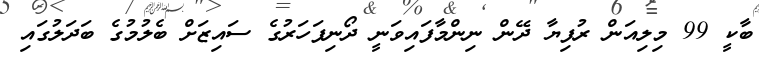
ބާކީ 99 މިލިއަން ރުފިޔާ ދޭން ނިންމާފައިވަނީ ދޯނިފަހަރުގެ ސައިޒަށް ބެލުމުގެ ބަދަލުގައި